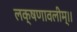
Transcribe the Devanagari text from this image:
लक्षणावलीम्।।